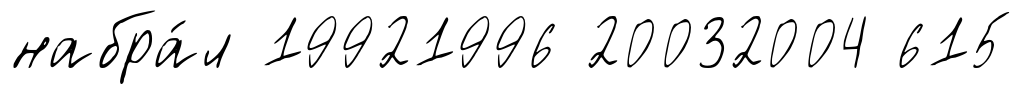
набра́л 19921996 20032004 615